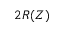
2 R ( Z )